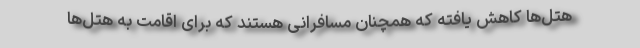
هتل‌ها کاهش یافته که همچنان مسافرانی هستند که برای اقامت به هتل‌ها